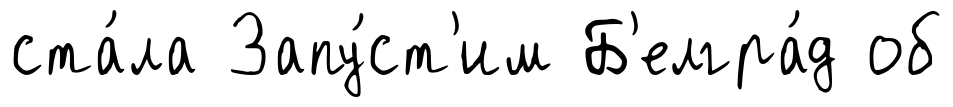
ста́ла Запу́ст'им Б'елгра́д об